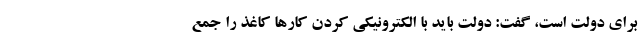
برای دولت است، گفت: دولت باید با الکترونیکی کردن کارها کاغذ را جمع